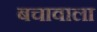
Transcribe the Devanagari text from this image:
बचावाला